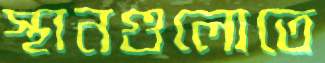
স্থানগুলোতে